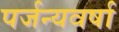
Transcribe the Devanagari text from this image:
पर्जन्यवर्षा